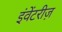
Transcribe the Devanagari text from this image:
इंवेंटरीज़